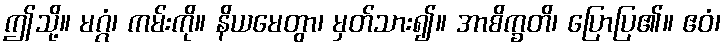
ဤသို့။ မဂ္ဂံ၊ ကမ်းကို။ နိယမေတွာ၊ မှတ်သား၍။ အာစိက္ခတိ၊ ပြောပြ၏။ ဧဝံ၊